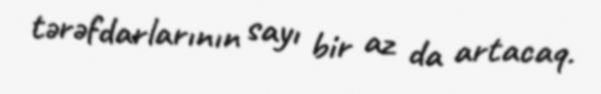
tərəfdarlarının sayı bir az da artacaq.